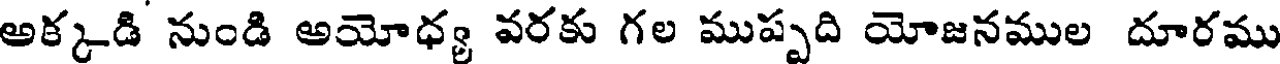
అక్కడి నుండి అయోధ్య వరకు గల ముప్పది యోజనముల దూరము